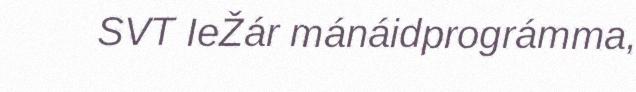
SVT IeŽár mánáidprográmma,